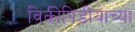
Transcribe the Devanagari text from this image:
विकीपिडीयाच्या